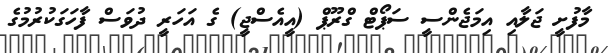
މާފުށީ ޖަލާއި އިމަޖެންސީ ސަޕޯޓް ގްރޫޕް (އީއެސްޖީ) ގެ އަހަރީ ދުވަސް ފާހަގަކުރުމުގެ